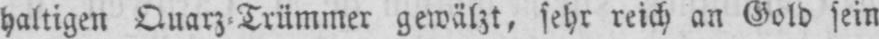
haltigen Quarz⸗Trümmer gewälzt, sehr reich an Gold sein